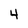
Character: 4